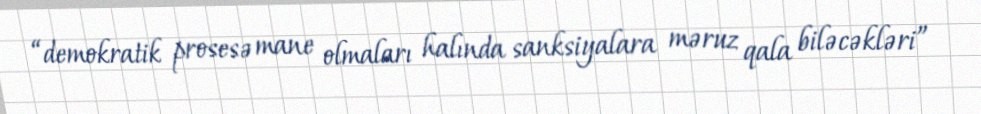
“demokratik prosesə mane olmaları halında sanksiyalara məruz qala biləcəkləri”